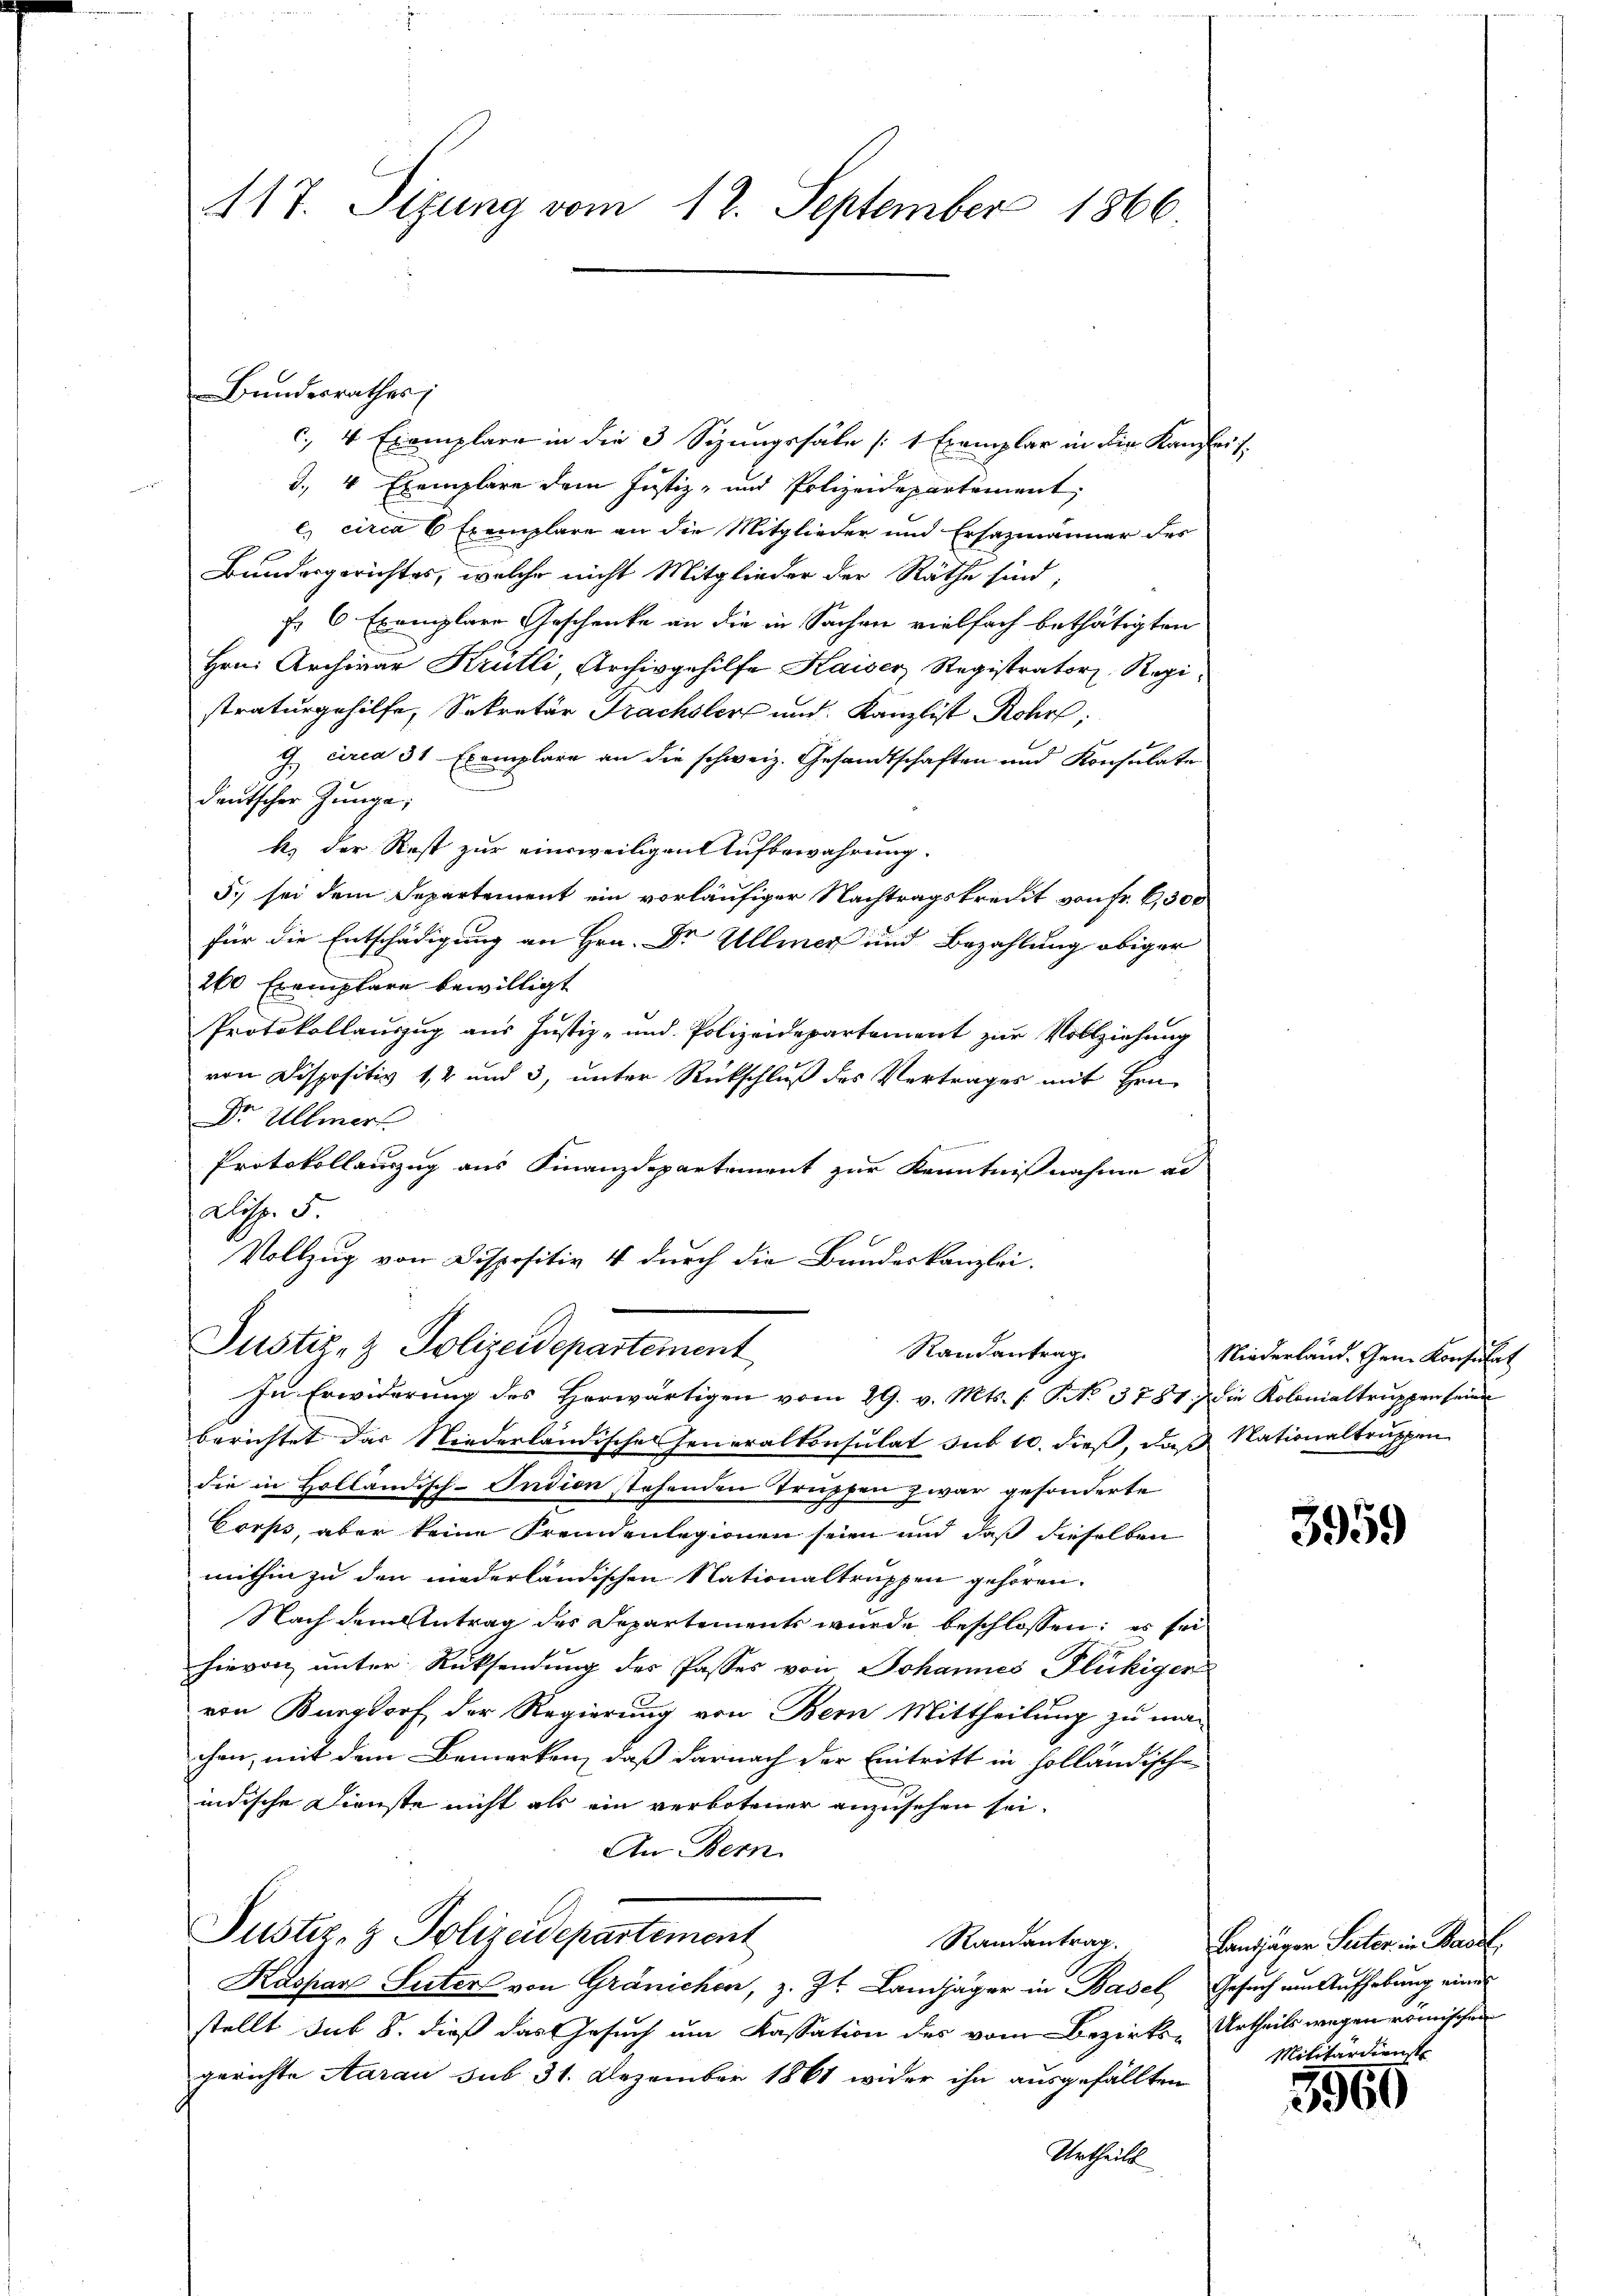
417. Sizung vom 12. September 1866.

Bundesrathes

c. 4 Exemplare in die 3 Sizungssäle [1 Exemplar in die Kanzleit
I., 4 Exemplare dem Justiz- und Polizeidepartement,
c) circa 6 Exemplare an die Mitglieder und Ersazmänner des
Bundesgerichtes, welche nicht Mitglieder der Räthe sind;
fr 6 Exemplare Geschenke an die in Sachen vielfach bethätigten
Hrn. Archivar Krütli, Archivgehilfe Kaiser Registrator Registraturgehilfe, Sekretär Frachslers und Kanzlist Rohr,
G. circa 31 Exemplare an die schweiz. Gesandtschaften und Konsulate
deutscher Zunge;
k. der Rest zur einsweiligen Aufbewahrung.
5.) sei dem Departement ein vorläufiger Nachtragskredit von Fr. 6000
für die Entschädigung an Hrn. Dr Ullmer und Bezahlung obiger
260 Exemplare bewilligt
Protokollauszug aus Justiz- und Polizeidepartement zur Vollziehung
von Dispositiv 1,2 und 3, unter Rückschluß des Vertrages mit Hrn.
Dr Ullmer
Protokollauszug aus Finanzdepartement zur Kenntnißnahme ad
Disp. 5.
Vollzug von Dispositiv 4 durch die Bundeskanzlei.

Justiz- & Polizeidepartement
Randantrag.
Zŭ Erwiderŭng des herwärtigen vom 29. v. Mts. s. S. 3787. Die Kolonialtruppen seine

berichtet das Niederländische Ferieralkonsulat sub 10. dieß, daß Nationaltruppen
die in Holländisch-Indion stehenden Trupfen zwar gesonderte
Corps, aber keine Fremdenlegionen seien und daß dieselben
mithin zu den niederländischen Nationaltruppen gehören.
Nach dem Antrag des Departements wurde beschlossen; es sei
hievon unter Rücksendung des Passes von Johannes Flückiger
von Burgdorf der Regierung von Bern Mittheilung zu ma-
chen, mit dem Bemerken, daß darnach der Eintritt in holländischen
indische Dienste nicht als ein verbotener anzusehen sei.
An Bern
Justiz- & Polizeidepartement
Randantrag.
Kaspar Suter von Gränichen, z. Zt. Landjäger in Basel Gesuch um Aufhebung eines
stellt sub 8. dieß das Gesuch um Kassation des vom Bezirks-Urtheils wegen römischen
gerichte Aarau sub 31. Dezember 1861 wider ihn ausgefällten
Urtheils

Niederland. Gem. Konsulat

3959

Landjäger Seiter in Basel,
Militärdienst

5960